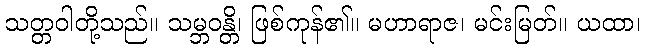
သတ္တဝါတို့သည်။ သမ္ဘဝန္တိ၊ ဖြစ်ကုန်၏။ မဟာရာဇ၊ မင်းမြတ်။ ယထာ၊